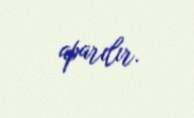
aparılır.